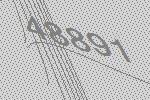
48891